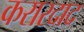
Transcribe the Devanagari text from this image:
करारदाद